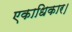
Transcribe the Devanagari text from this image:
एकाधिकार।